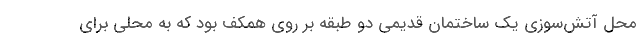
محل آتش‌سوزی یک ساختمان قدیمی دو طبقه بر روی همکف بود که به محلی برای